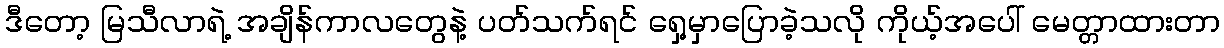
ဒီတော့ မြသီလာရဲ့ အချိန်ကာလတွေနဲ့ ပတ်သက်ရင် ရှေ့မှာပြောခဲ့သလို ကိုယ့်အပေါ် မေတ္တာထားတာ